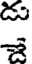
జ